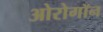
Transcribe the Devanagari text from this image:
ओरोगॉन